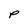
Character: p